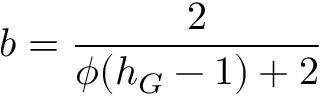
b = \frac { 2 } { \phi ( h _ { G } - 1 ) + 2 }